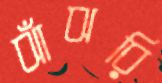
ঝাঁঝরি